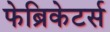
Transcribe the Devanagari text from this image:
फेब्रिकेटर्स